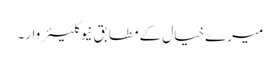
میرے خیال کےمطابق نیوکلیئر وار۔